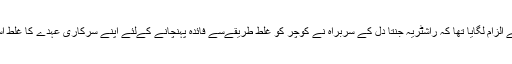
سی بی آئی نے الزام لگایا تھا کہ راشٹریہ جنتا دل کے سربراہ نے کوچر کو غلط طریقےسے فائدہ پہنچانے کےلئے اپنے سرکاری عہدے کا غلط استعمال کیاتھا۔